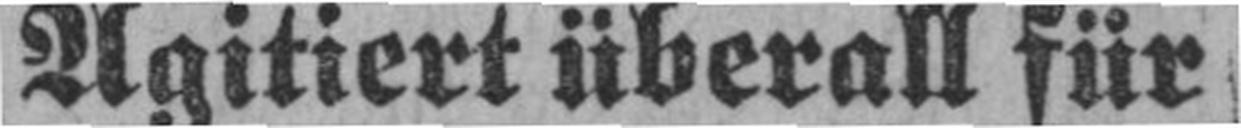
Agitiert überall für